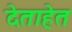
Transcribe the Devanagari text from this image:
देताहेत